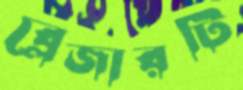
ব্লেজারটি